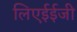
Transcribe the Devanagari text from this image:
लिएईईजी